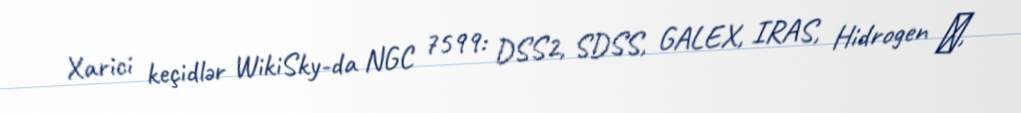
Xarici keçidlər WikiSky-da NGC 7599: DSS2, SDSS, GALEX, IRAS, Hidrogen α,